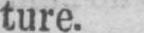
ture.